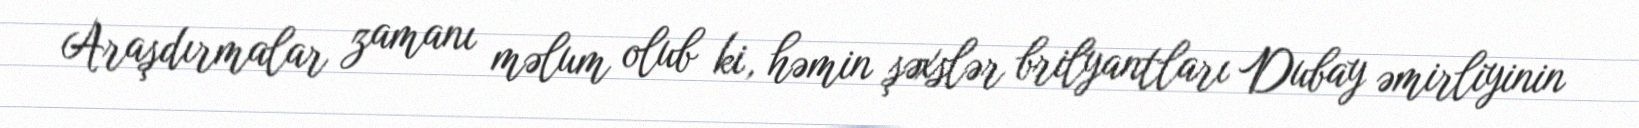
Araşdırmalar zamanı məlum olub ki, həmin şəxslər brilyantları Dubay əmirliyinin